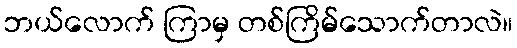
ဘယ်လောက် ကြာမှ တစ်ကြိမ်သောက်တာလဲ။